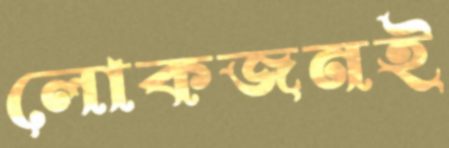
লোকজনই